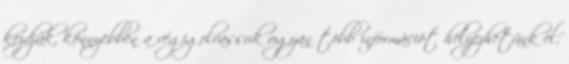
kezdjük, könnyebben a végigolvassuk ugyan több információt helyezhetünk el,